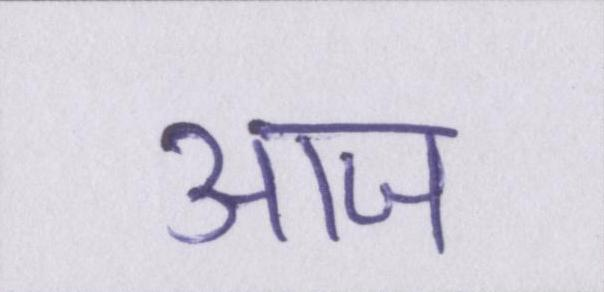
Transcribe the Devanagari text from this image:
आज